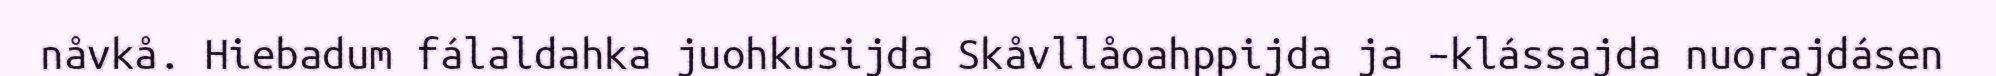
nåvkå. Hiebadum fálaldahka juohkusijda Skåvllåoahppijda ja –klássajda nuorajdásen